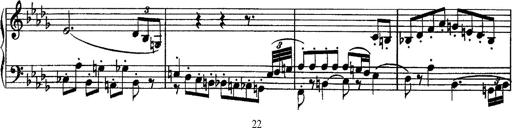
Title: Piano Sonata
Composer: Karl HÃ¤ssler
Key: C major